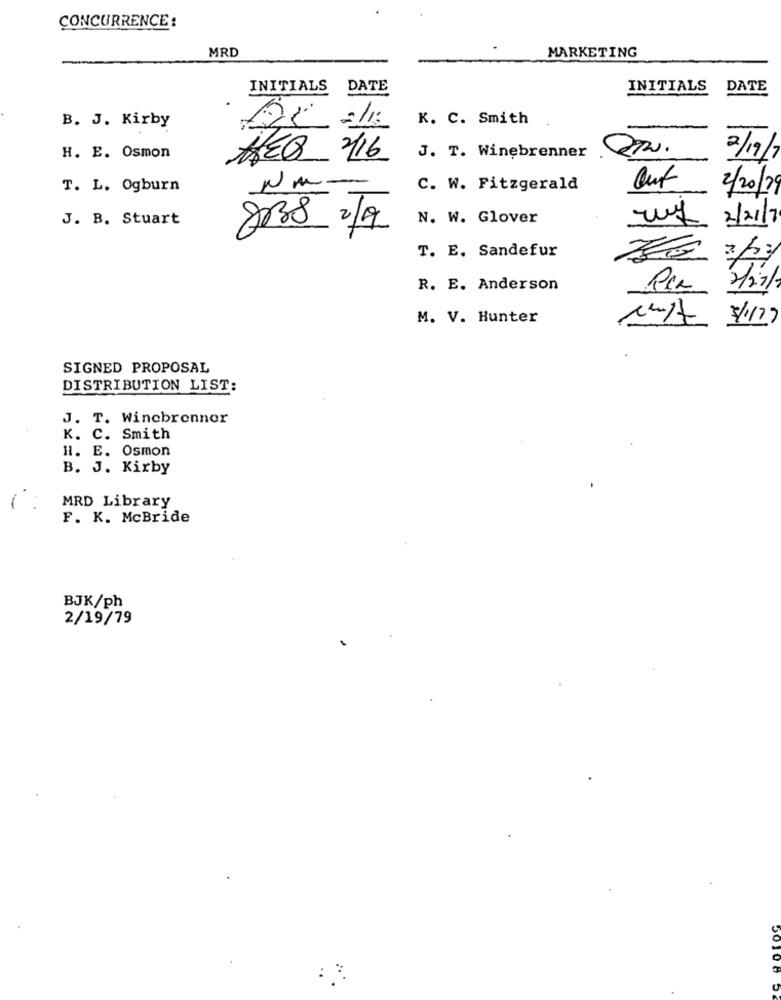
CONCURRENCE :
MRD
MARKETING
INITIALS
DATE
INITIALS
DATE
K. C. Smith
B. J. Kirby
22.
H. E. Osmon
AEB 2/16
J. T. Winebrenner
2/19/
T. L. Ogburn
C. W. Fitzgerald
2/20/7
J. B. Stuart
N. W. Glover
8038 219
2/2/
T. E. Sandefur
R. E. Anderson
M. V. Hunter
SIGNED PROPOSAL
DISTRIBUTION LIST:
J. T. Wincbrenner
K. C. Smith
HI. E. Osmon
B. J. Kirby
MRD Library
F. K. McBride
BJK/ph
2/19/79